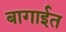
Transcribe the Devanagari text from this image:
बागाईत